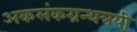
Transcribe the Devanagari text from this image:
अकलंकग्रन्थत्रयी